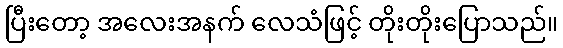
ပြီးတော့ အလေးအနက် လေသံဖြင့် တိုးတိုးပြောသည်။